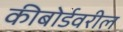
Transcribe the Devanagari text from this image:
कीबोर्डवरील